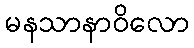
မနသာနာဝိလော